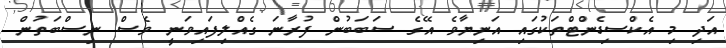
އަދި މި އެކްސިޑެންޓްތަކުގައި އަނިޔާވެ އޭގެ ސަބަބުން ފުރާނަ ގެއްލިފައިވަނީ ވެސް ނިސްބަތުން